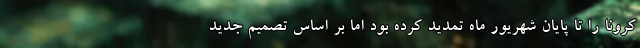
کرونا را تا پایان شهریور ماه تمدید کرده بود اما بر اساس تصمیم جدید